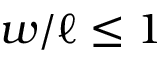
w / \ell \le 1